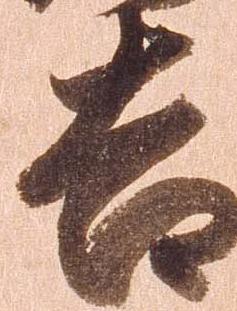
吉